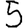
Digit: 5